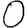
Digit: 0